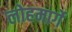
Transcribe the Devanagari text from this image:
लोहमार्गे